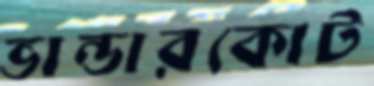
ভান্ডারকোট